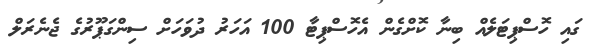
ގައި ހޮސްޕިޓަލެއް ބިނާ ކޮށްގެން އެހޮސްޕިޓާ 100 އަހަރު ދުވަހަށް ސިންގަޕޫރުގެ ޖެނެރަލް